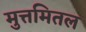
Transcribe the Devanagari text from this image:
मुत्तमितल